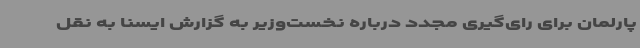
پارلمان برای رای‌گیری مجدد درباره نخست‌وزیر به گزارش ایسنا به نقل